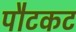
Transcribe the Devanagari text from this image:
पौटकट